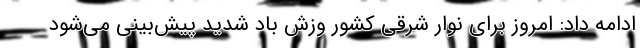
ادامه داد: امروز برای نوار شرقی کشور وزش باد شدید پیش‌بینی می‌شود